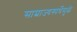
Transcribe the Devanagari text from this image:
साम्राज्यस्पर्धेमुळे